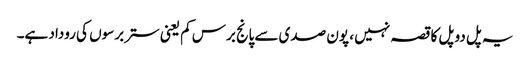
یہ پل دو پل کا قصہ نہیں ، پون صدی سے پانج برس کم یعنی ستر برسوں کی روداد ہے۔